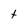
Character: t